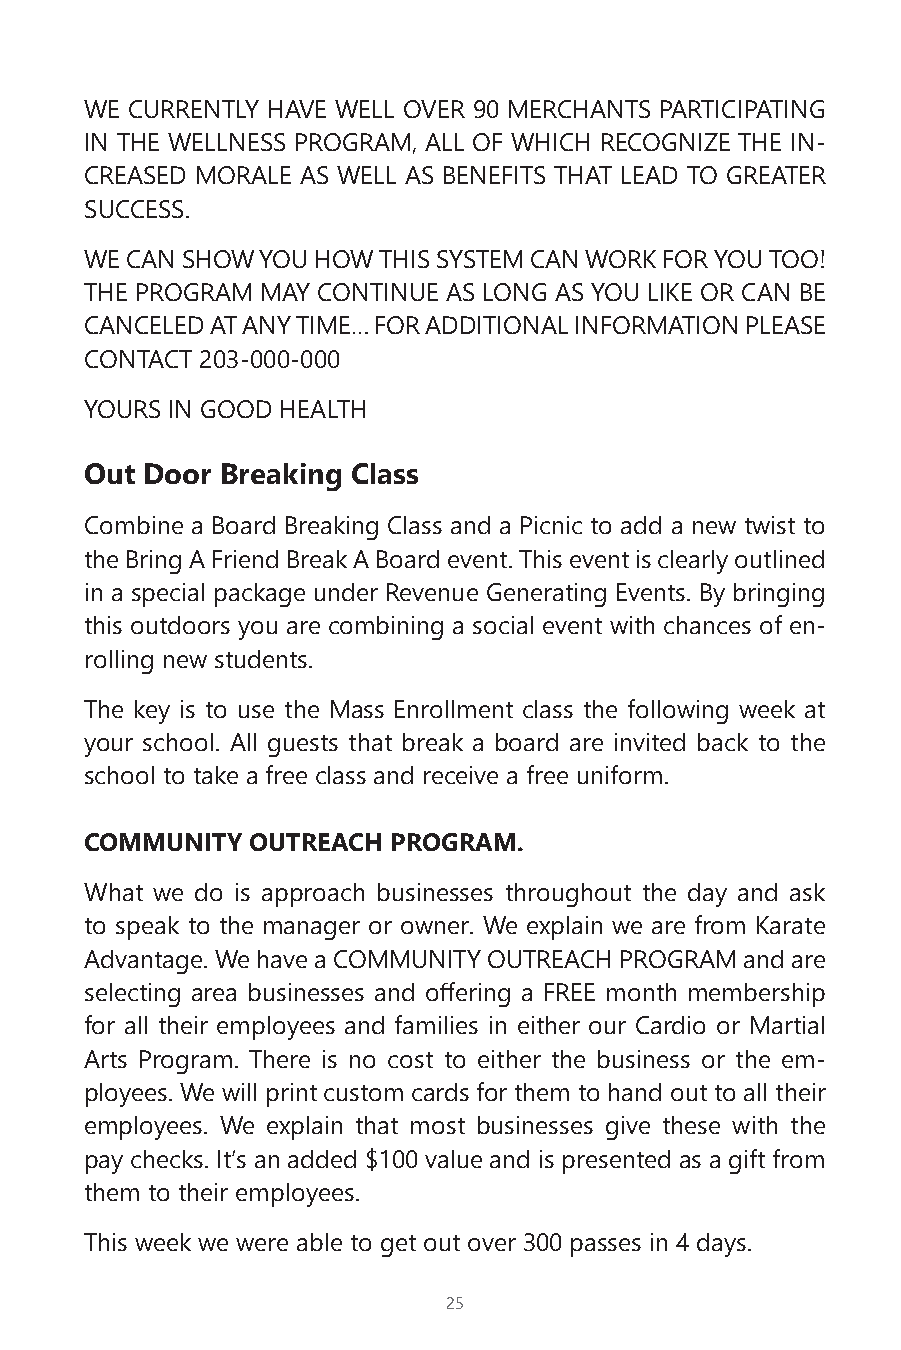
WE CURRENTLY HAVE WELL OVER 90 MERCHANTS PARTICIPATING
 IN THE WELLNESS PROGRAM, ALL OF WHICH RECOGNIZE THE IN-
 CREASED MORALE AS WELL AS BENEFITS THAT LEAD TO GREATER
 SUCCESS.
 WE CAN SHOW YOU HOW THIS SYSTEM CAN WORK FOR YOU TOO!
 THE PROGRAM MAY CONTINUE AS LONG AS YOU LIKE OR CAN BE
 CANCELED AT ANY TIME… FOR ADDITIONAL INFORMATION PLEASE
 CONTACT 203-000-000
 YOURS IN GOOD HEALTH
 Out Door Breaking Class
 Combine a Board Breaking Class and a Picnic to add a new twist to
 the Bring A Friend Break A Board event. This event is clearly outlined
 in a special package under Revenue Generating Events. By bringing
 this outdoors you are combining a social event with chances of en-
 rolling new students.
 The key is to use the Mass Enrollment class the following week at
 your school. All guests that break a board are invited back to the
 school to take a free class and receive a free uniform.
 COMMUNITY  OUTREACH PROGRAM.
 What we do is approach businesses throughout the day and ask
 to speak to the manager or owner. We explain we are from Karate
 Advantage. We have a COMMUNITY OUTREACH PROGRAM and are
 selecting area businesses and offering a FREE month membership
 for all their employees and families in either our Cardio or Martial
 Arts Program. There is no cost to either the business or the em-
 ployees. We will print custom cards for them to hand out to all their
 employees. We explain that most businesses give these with the
 pay checks. It’s an added $100 value and is presented as a gift from
 them to their employees.
 This week we were able to get out over 300 passes in 4 days.
 25